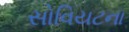
સોવિયટના